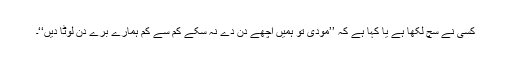
کسی نے سچ لکھا ہے یا کہا ہے کہ ’’مودی تو ہمیں اچھے دن دے نہ سکے کم سے کم ہمارے برے دن لوٹا دیں‘‘۔